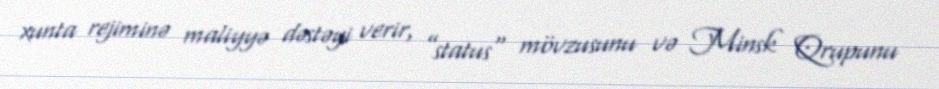
xunta rejiminə maliyyə dəstəyi verir, ”status" mövzusunu və Minsk Qrupunu